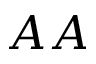
A A